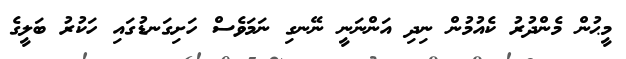
މީޙުން މެންދުރު ކެއުމުން ނިދި އަންނަނީ ނޭނގި ނަމަވެސް ހަށިގަނޑުގައި ހަކުރު ބަލީގެ